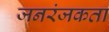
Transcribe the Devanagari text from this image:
जनरंजकता